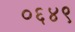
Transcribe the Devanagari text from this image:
०६४९